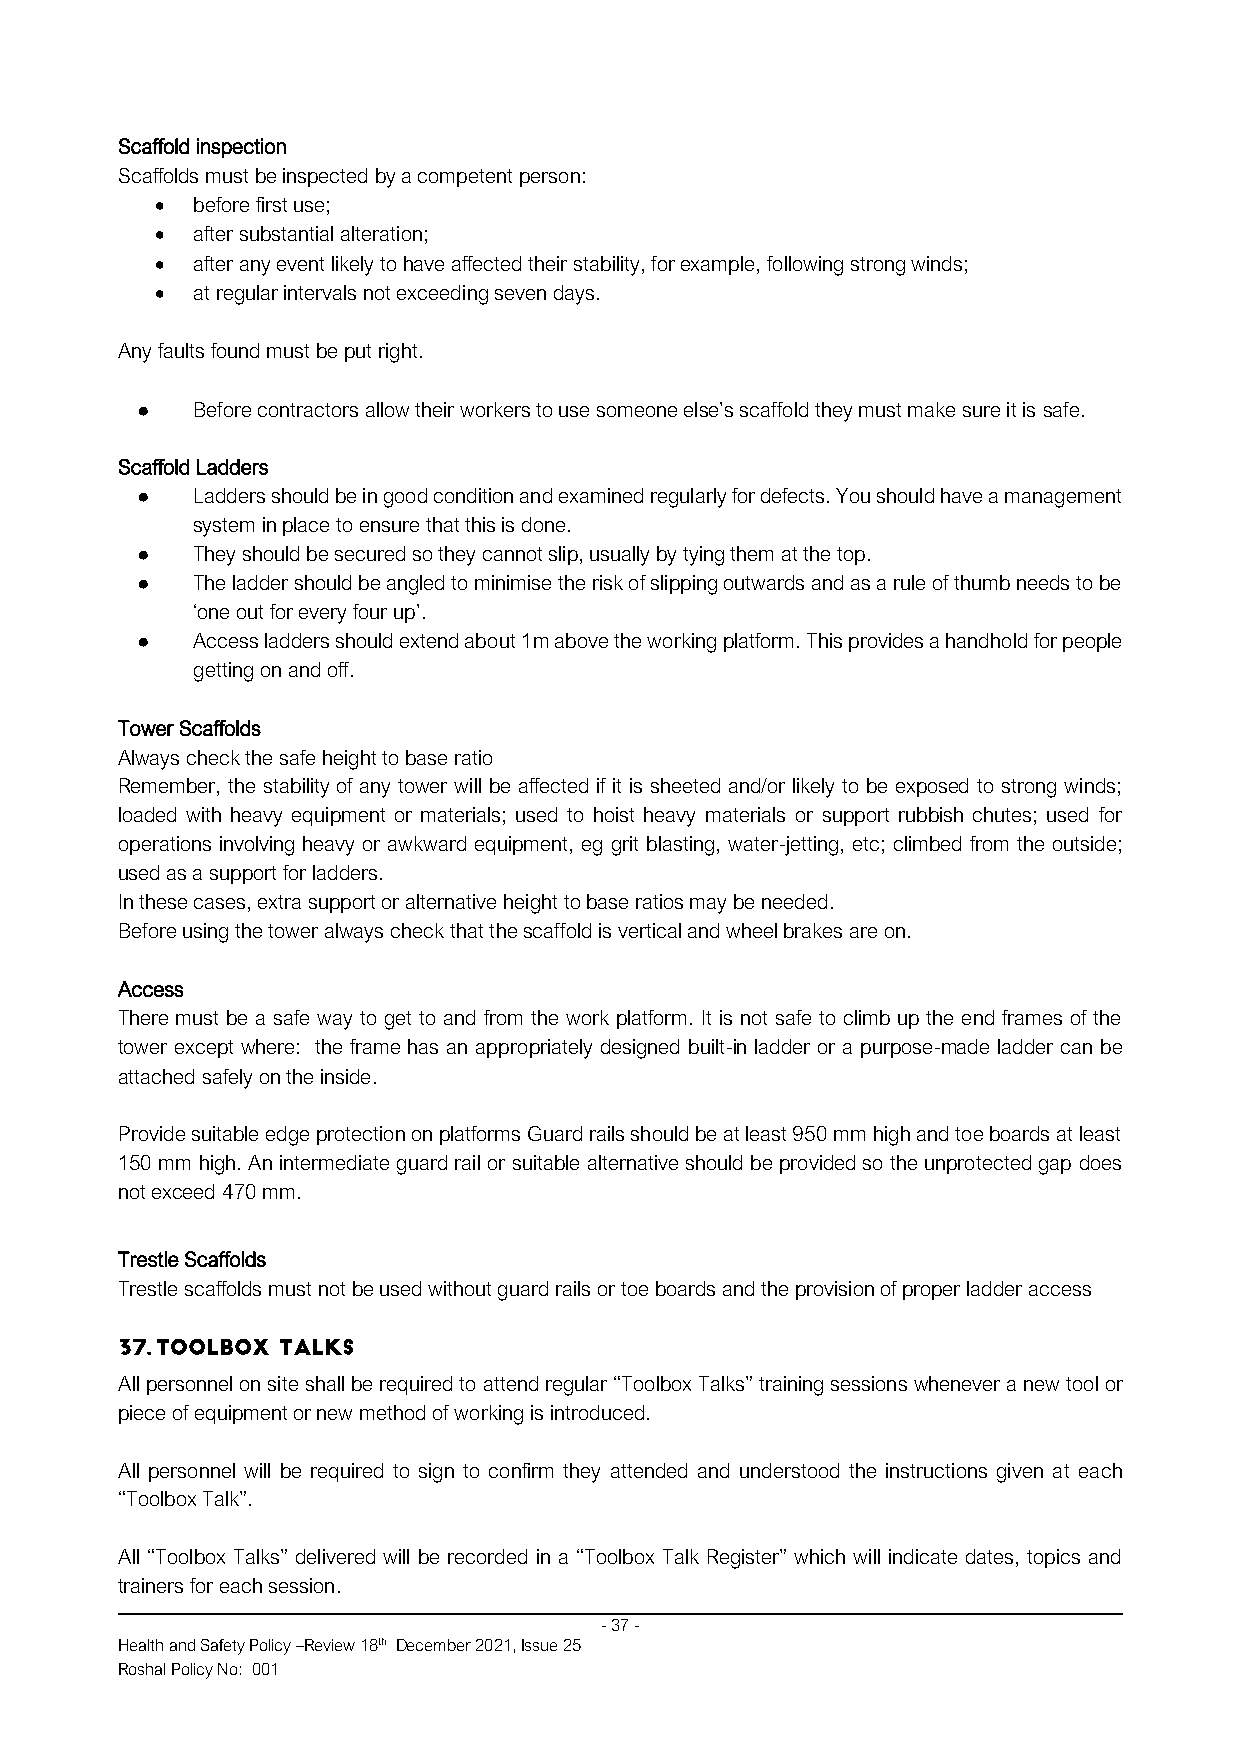
Scaffold inspection
 Scaffolds must be inspected by a competent person:
 •  before first use;
 •  after substantial alteration;
 •  after any event likely to have affected their stability, for example, following strong winds;
 •  at regular intervals not exceeding seven days.
 Any faults found must be put right.
 ●   Before contractors allow their workers to use someone else’s scaffold they must make sure it is safe.
 Scaffold Ladders
 ●   Ladders should be in good condition and examined regularly for defects. You should have a management
 system in place to ensure that this is done.
 ●   They should be secured so they cannot slip, usually by tying them at the top.
 ●   The ladder should be angled to minimise the risk of slipping outwards and as a rule of thumb needs to be
 ‘one out for every four up’.
 ●   Access ladders should extend about 1m above the working platform. This provides a handhold for people
 getting on and off.
 Tower Scaffolds
 Always check the safe height to base ratio
 Remember, the stability of any tower will be affected if it is sheeted and/or likely to be exposed to strong winds;
 loaded with heavy equipment or materials; used to hoist heavy materials or support rubbish chutes; used for
 operations involving heavy or awkward equipment, eg grit blasting, water-jetting, etc; climbed from the outside;
 used as a support for ladders.
 In these cases, extra support or alternative height to base ratios may be needed.
 Before using the tower always check that the scaffold is vertical and wheel brakes are on.
 Access
 There must be a safe way to get to and from the work platform. It is not safe to climb up the end frames of the
 tower except where: the frame has an appropriately designed built-in ladder or a purpose-made ladder can be
 attached safely on the inside.
 Provide suitable edge protection on platforms Guard rails should be at least 950 mm high and toe boards at least
 150 mm high. An intermediate guard rail or suitable alternative should be provided so the unprotected gap does
 not exceed 470 mm.
 Trestle Scaffolds
 Trestle scaffolds must not be used without guard rails or toe boards and the provision of proper ladder access
 All personnel on site shall be required to attend regular “Toolbox Talks” training sessions whenever a new tool or
 piece of equipment or new method of working is introduced.
 All personnel will be required to sign to confirm they attended and understood the instructions given at each
 “Toolbox Talk”.
 All “Toolbox Talks” delivered will be recorded in a “Toolbox Talk Register” which will indicate dates, topics and
 trainers for each session.
 - 37 -
 Health and Safety Policy –Review 18th December 2021, Issue 25
 Roshal Policy No: 001